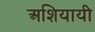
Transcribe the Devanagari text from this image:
अशियायी